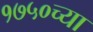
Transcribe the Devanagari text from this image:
१७५०च्या